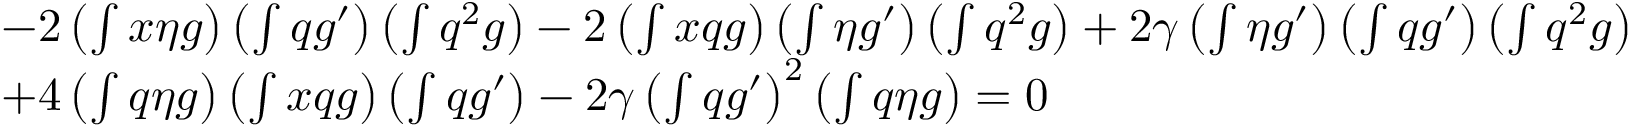
\begin{array} { r l } & { - 2 \left( \int x \eta g \right) \left( \int q g ^ { \prime } \right) \left( \int q ^ { 2 } g \right) - 2 \left( \int x q g \right) \left( \int \eta g ^ { \prime } \right) \left( \int q ^ { 2 } g \right) + 2 \gamma \left( \int \eta g ^ { \prime } \right) \left( \int q g ^ { \prime } \right) \left( \int q ^ { 2 } g \right) } \\ & { + 4 \left( \int q \eta g \right) \left( \int x q g \right) \left( \int q g ^ { \prime } \right) - 2 \gamma \left( \int q g ^ { \prime } \right) ^ { 2 } \left( \int q \eta g \right) = 0 } \end{array}